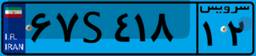
۶۷S۴۱۸۱۲